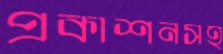
প্রকাশনসহ